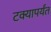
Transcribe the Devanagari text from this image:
टक्यापर्यंत